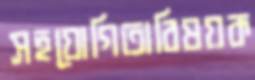
সহযোগিতাবিষয়ক